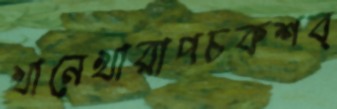
খানেখারাপচকশব্